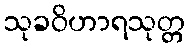
သုခဝိဟာရသုတ္တ